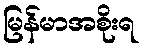
မြန်မာအစိုးရ